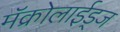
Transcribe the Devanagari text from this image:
मॅक्रोलाईड्ज